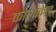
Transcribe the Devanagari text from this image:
कोलाकेल्